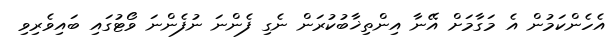
އެހެންކަމުން އެ މަގާމަށް އޭނާ އިންތިޚާބުކުރަން ނެގި ފެންނަ ނުފެންނަ ވޯޓުގައި ބައިވެރިވި